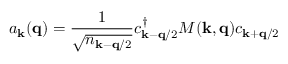
a _ { { \bf { k } } } ( { \bf { q } } ) = \frac { 1 } { \sqrt { n _ { { \bf { k } } - { \bf { q } } / 2 } } } c _ { { \bf { k } } - { \bf { q } } / 2 } ^ { \dagger } M ( { \bf { k } } , { \bf { q } } ) c _ { { \bf { k } } + { \bf { q } } / 2 }